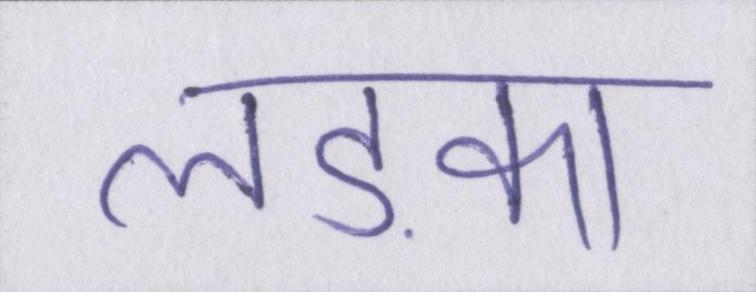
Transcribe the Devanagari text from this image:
लड़का